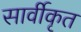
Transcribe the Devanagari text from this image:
सार्वीकृत